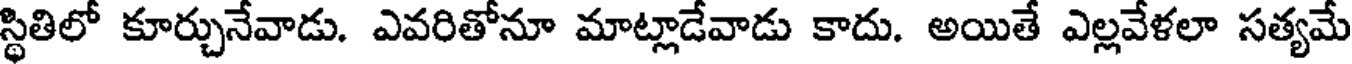
స్థితిలో కూర్చునేవాడు. ఎవరితోనూ మాట్లాడేవాడు కాదు. అయితే ఎల్లవేళలా సత్యమే